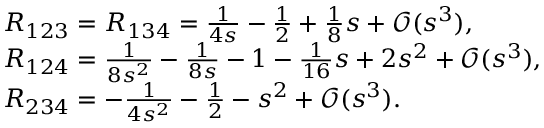
\begin{array} { r l } & { R _ { 1 2 3 } = R _ { 1 3 4 } = \frac { 1 } { 4 s } - \frac { 1 } { 2 } + \frac { 1 } { 8 } s + \mathcal { O } ( s ^ { 3 } ) , } \\ & { R _ { 1 2 4 } = \frac { 1 } { 8 s ^ { 2 } } - \frac { 1 } { 8 s } - 1 - \frac { 1 } { 1 6 } s + 2 s ^ { 2 } + \mathcal { O } ( s ^ { 3 } ) , } \\ & { R _ { 2 3 4 } = - \frac { 1 } { 4 s ^ { 2 } } - \frac { 1 } { 2 } - s ^ { 2 } + \mathcal { O } ( s ^ { 3 } ) . } \end{array}